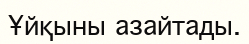
Ұйқыны азайтады.